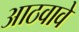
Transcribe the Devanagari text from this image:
आठवावे